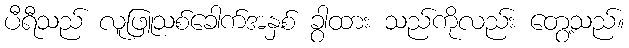
ပီရီသည် လူဖြူသစ်ခေါက်အနှစ် ခွာထား သည်ကိုလည်း တွေ့သည်။